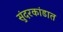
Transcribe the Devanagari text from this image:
सुंदरकांडात